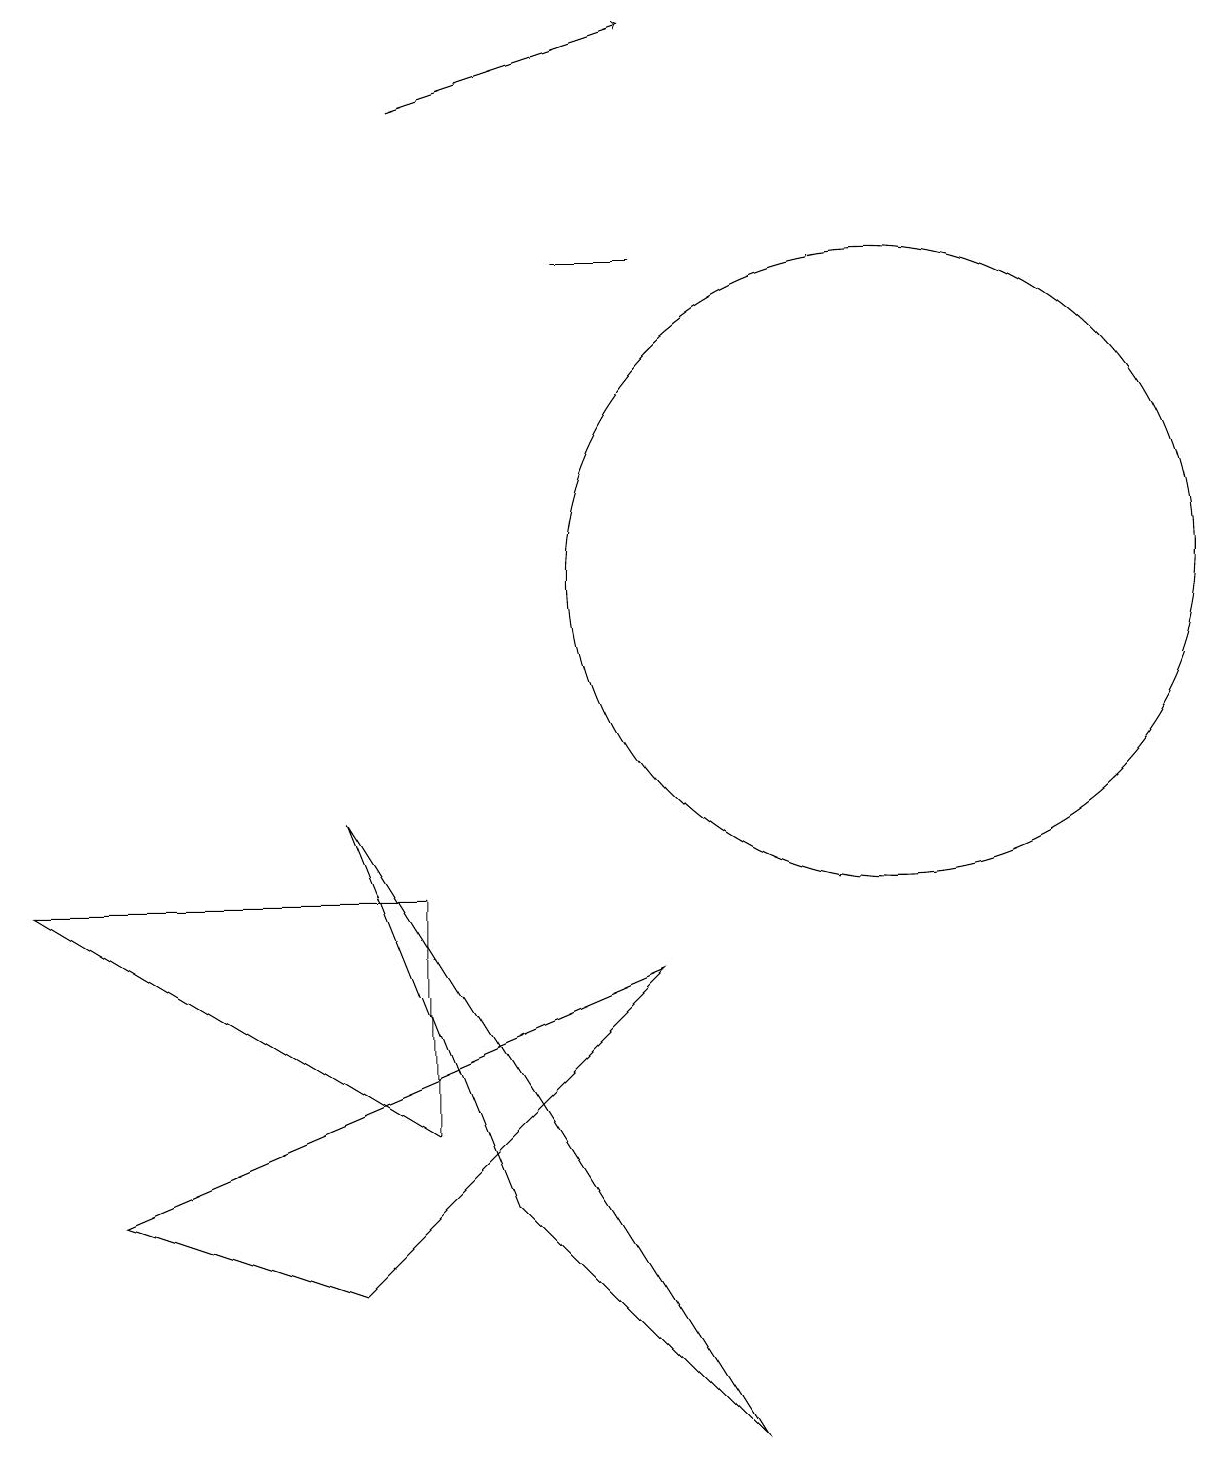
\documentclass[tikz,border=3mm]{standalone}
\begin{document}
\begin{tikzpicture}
\draw (9,1) -- (4,9) -- (6,4) -- cycle;
\draw (5,8) -- (5,5) -- (0,8) -- cycle;
\draw (1,4) -- (4,3) -- (8,7) -- cycle;
\draw (10,10) circle (0);
\draw (11,12) circle (4);
\draw (8,16) rectangle (7,16);
\draw[->] (5,18) -- (8,19);
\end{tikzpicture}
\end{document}